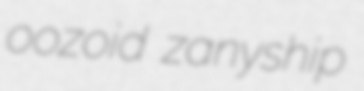
oozoid zanyship